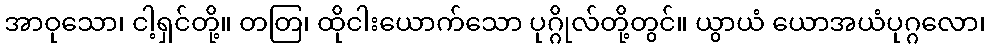
အာဝုသော၊ ငါ့ရှင်တို့။ တတြ၊ ထိုငါးယောက်သော ပုဂ္ဂိုလ်တို့တွင်။ ယွာယံ ယောအယံပုဂ္ဂလော၊